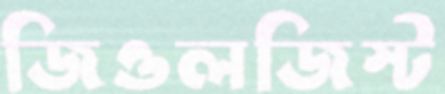
জিওলজিস্ট